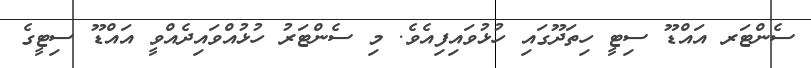
ސެންޓަރ އައްޑޫ ސިޓީ ހިތަދޫގައި ހުޅުވައިފިއެވެ. މި ސެންޓަރު ހުޅުއްވައިދެއްވީ އައްޑޫ ސިޓީގެ